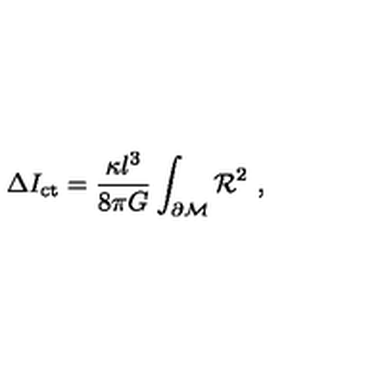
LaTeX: \Delta I _ { \mathrm { c t } } = { \frac { \kappa l ^ { 3 } } { 8 \pi G } } \int _ { \partial { \cal M } } { \cal R } ^ { 2 } \ ,